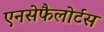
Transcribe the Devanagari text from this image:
एनसेफैलोर्टस